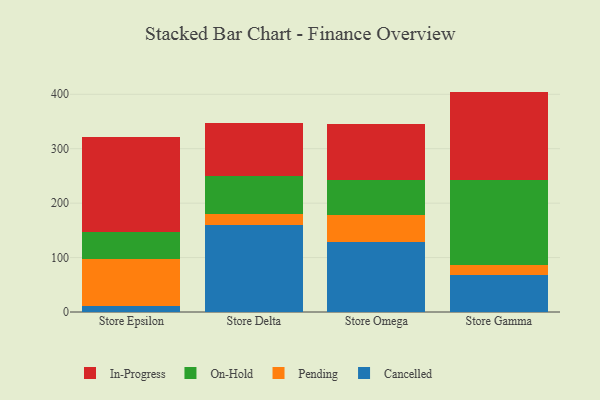
{"axis": {"x": "Store", "y": "Energy Usage (MWh)"}, "legend": ["Cancelled", "In-Progress", "On-Hold", "Pending"], "data": [{"x": "Store Epsilon", "y": 10.3, "type": "Cancelled"}, {"x": "Store Epsilon", "y": 87.3, "type": "Pending"}, {"x": "Store Epsilon", "y": 48.7, "type": "On-Hold"}, {"x": "Store Epsilon", "y": 174.5, "type": "In-Progress"}, {"x": "Store Delta", "y": 159.6, "type": "Cancelled"}, {"x": "Store Delta", "y": 20.8, "type": "Pending"}, {"x": "Store Delta", "y": 69.3, "type": "On-Hold"}, {"x": "Store Delta", "y": 98.0, "type": "In-Progress"}, {"x": "Store Omega", "y": 128.9, "type": "Cancelled"}, {"x": "Store Omega", "y": 50.0, "type": "Pending"}, {"x": "Store Omega", "y": 64.5, "type": "On-Hold"}, {"x": "Store Omega", "y": 102.9, "type": "In-Progress"}, {"x": "Store Gamma", "y": 67.8, "type": "Cancelled"}, {"x": "Store Gamma", "y": 18.2, "type": "Pending"}, {"x": "Store Gamma", "y": 156.9, "type": "On-Hold"}, {"x": "Store Gamma", "y": 162.0, "type": "In-Progress"}]}